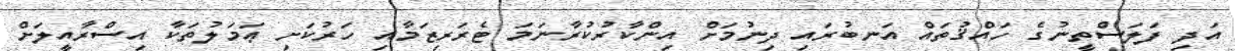
އަދި ފަލަސްތީނުގެ ހައްޤުތައް އަނބުރައި ދިނުމަށް އިންކާރުކުރާނަމަ ޓެރަރިޒަމާއި ހަރުކަށި ޢަމަލުތަކާ އިސްރާއީލަށް